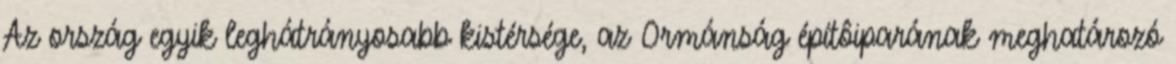
Az ország egyik leghátrányosabb kistérsége, az Ormánság építôiparának meghatározó